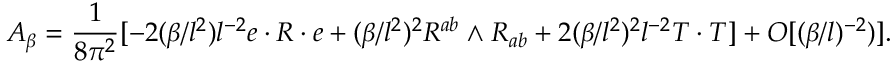
{ \cal A } _ { \beta } = \frac { 1 } { 8 { \pi } ^ { 2 } } [ - 2 ( \beta / l ^ { 2 } ) l ^ { - 2 } e \cdot R \cdot e + ( \beta / l ^ { 2 } ) ^ { 2 } R ^ { a b } { \mathrm { \tiny ~ \wedge ~ } } R _ { a b } + 2 ( \beta / l ^ { 2 } ) ^ { 2 } l ^ { - 2 } T \cdot T ] + O [ ( \beta / l ) ^ { - 2 } ) ] .